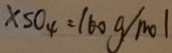
x s o _ { 4 } = 1 6 0 g / m o l